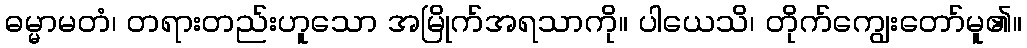
ဓမ္မာမတံ၊ တရားတည်းဟူသော အမြိုက်အရသာကို။ ပါယေသိ၊ တိုက်ကျွေးတော်မူ၏။